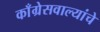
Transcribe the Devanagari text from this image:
काँग्रेसवाल्यांचे